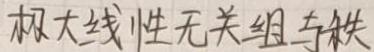
极大线性无关组与秩